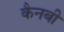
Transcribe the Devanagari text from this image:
कैनबी